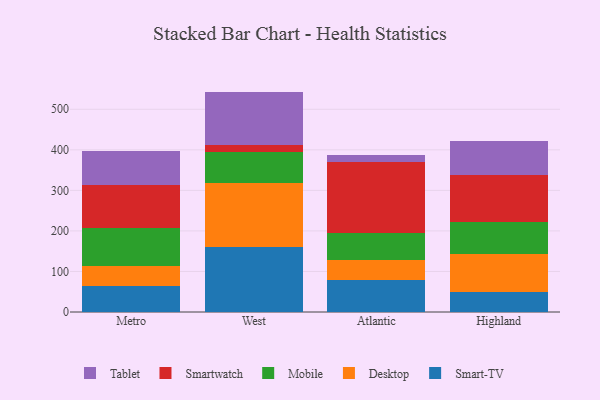
{"axis": {"x": "Region", "y": "Temperature (°C)"}, "legend": ["Desktop", "Mobile", "Smart-TV", "Smartwatch", "Tablet"], "data": [{"x": "Metro", "y": 64.3, "type": "Smart-TV"}, {"x": "Metro", "y": 50.0, "type": "Desktop"}, {"x": "Metro", "y": 93.4, "type": "Mobile"}, {"x": "Metro", "y": 106.0, "type": "Smartwatch"}, {"x": "Metro", "y": 83.3, "type": "Tablet"}, {"x": "West", "y": 160.9, "type": "Smart-TV"}, {"x": "West", "y": 158.0, "type": "Desktop"}, {"x": "West", "y": 75.3, "type": "Mobile"}, {"x": "West", "y": 16.8, "type": "Smartwatch"}, {"x": "West", "y": 132.6, "type": "Tablet"}, {"x": "Atlantic", "y": 78.7, "type": "Smart-TV"}, {"x": "Atlantic", "y": 49.7, "type": "Desktop"}, {"x": "Atlantic", "y": 66.3, "type": "Mobile"}, {"x": "Atlantic", "y": 175.7, "type": "Smartwatch"}, {"x": "Atlantic", "y": 17.5, "type": "Tablet"}, {"x": "Highland", "y": 49.1, "type": "Smart-TV"}, {"x": "Highland", "y": 93.4, "type": "Desktop"}, {"x": "Highland", "y": 79.6, "type": "Mobile"}, {"x": "Highland", "y": 114.8, "type": "Smartwatch"}, {"x": "Highland", "y": 85.6, "type": "Tablet"}]}